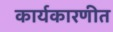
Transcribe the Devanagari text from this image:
कार्यकारणीत